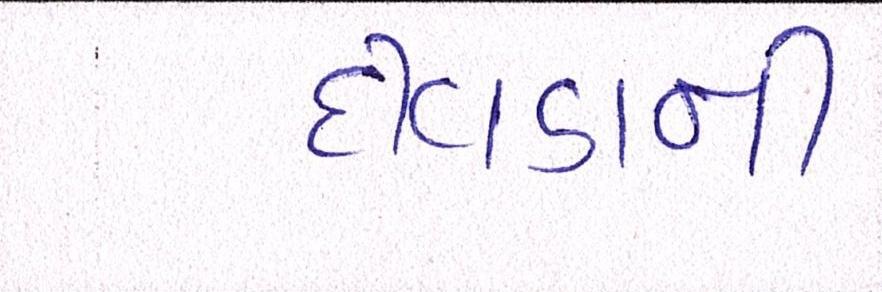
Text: દીવડાની